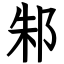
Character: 邾